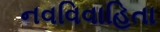
નવવિવાહિતા